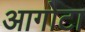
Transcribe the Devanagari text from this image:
आगोटा